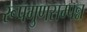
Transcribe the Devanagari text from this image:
रूपगुणसम्पन्न